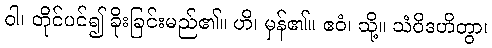
ဝါ၊ တိုင်ပင်၍ ခိုးခြင်းမည်၏။ ဟိ၊ မှန်၏။ ဧဝံ၊ သို့။ သံဝိဒဟိတွာ၊